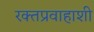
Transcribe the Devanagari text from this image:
रक्तप्रवाहाशी